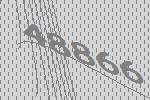
48866